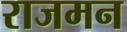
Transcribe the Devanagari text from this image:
राजमन